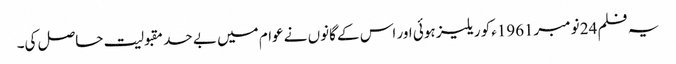
یہ فلم 24 نومبر1961ءکو ریلیز ہوئی اور اس کے گانوں نے عوام میں بے حد مقبولیت حاصل کی۔